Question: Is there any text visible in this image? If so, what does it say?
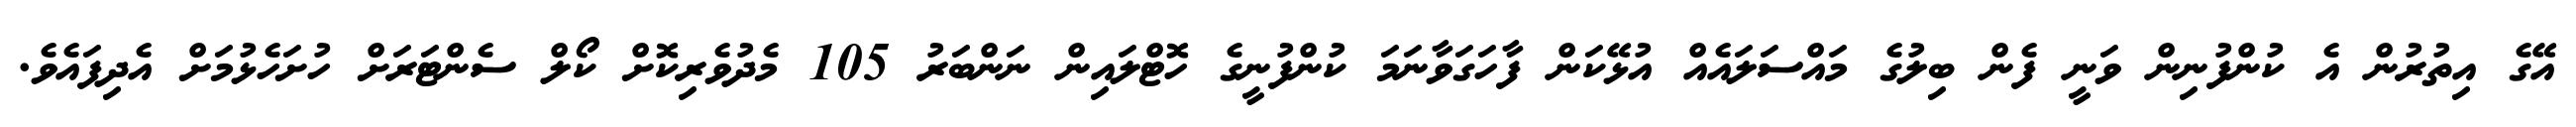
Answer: އޭގެ އިތުރުން އެ ކުންފުނިން ވަނީ ފެން ބިލުގެ މައްސަލައެއް އުޅޭކަން ފާހަގަވާނަމަ ކުންފުނީގެ ހޮޓްލައިން ނަންބަރު 105 މެދުވެރިކޮށް ކޯލް ސެންޓަރަށް ހުށަހެޅުމަށް އެދިފައެވެ.